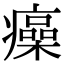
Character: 㿋